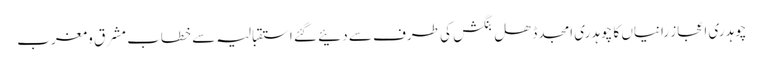
چوہدری اعجاز رانیاں کا چوہدری امجد ڈھل بنگش کی طرف سے دئیے گئے استقبالیہ سے خطاب	 مشرق و مغرب